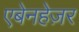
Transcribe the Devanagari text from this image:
एबेनहेज़र